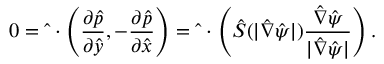
0 = \hat { \mathbf { \nabla } } \cdot \left( \frac { \partial \hat { p } } { \partial \hat { y } } , - \frac { \partial \hat { p } } { \partial \hat { x } } \right) = \hat { \mathbf { \nabla } } \cdot \left( \hat { S } ( | \hat { \nabla } \hat { \psi } | ) \frac { \hat { \nabla } \hat { \psi } } { | \hat { \nabla } \hat { \psi } | } \right) .